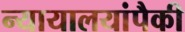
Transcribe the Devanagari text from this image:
न्यायालयांपैकी